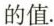
的值。